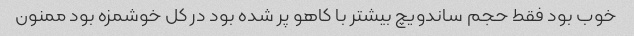
خوب بود فقط حجم ساندویچ بیشتر با کاهو پر شده بود در کل خوشمزه بود ممنون